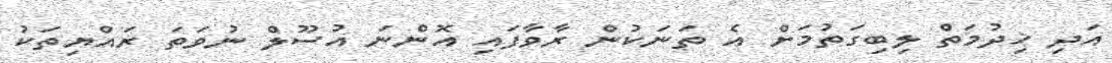
އަދި ޚިދުމަތް ލިބިގަތުމަށް އެ ތަނަކުން ރާވާފައި އޮންނަ އުސޫލް ނުވަތަ ރައްޔިތަކު